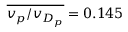
\overline { { v _ { p } / v _ { D _ { p } } } } = 0 . 1 4 5